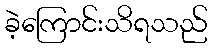
ခဲ့ကြောင်းသိရသည်